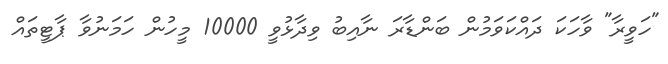
"ހަވީރާ" ވާހަކަ ދައްކަވަމުން ބަންޑާރަ ނާއިބު ވިދާޅުވީ 10000 މީހުން ހަމަނުވާ ޕާޓީތައް